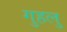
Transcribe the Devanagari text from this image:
गुहलु